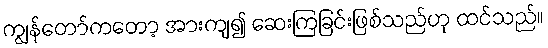
ကျွန်တော်ကတော့ အားကျ၍ ဆေးကြခြင်းဖြစ်သည်ဟု ထင်သည်။